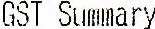
GST SUMMARY